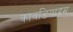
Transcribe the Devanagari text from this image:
कावडियाट्टम